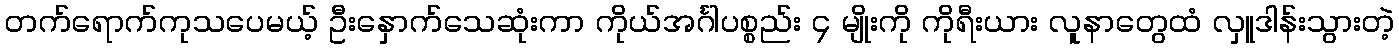
တက်ရောက်ကုသပေမယ့် ဦးနှောက်သေဆုံးကာ ကိုယ်အင်္ဂါပစ္စည်း ၄ မျိုးကို ကိုရီးယား လူနာတွေထံ လှူဒါန်းသွားတဲ့